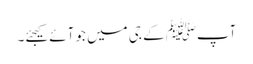
آپﷺ کے جی میں جو آئے کیجئے۔